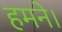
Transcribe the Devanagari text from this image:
हमने।